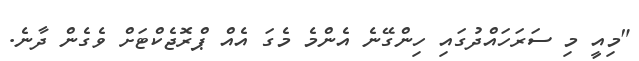
"މިއީ މި ސަރަހައްދުގައި ހިންގޭނެ އެންމެ މެގަ އެއް ޕްރޮޖެކްޓަށް ވެގެން ދާނެ.